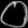
Digit: ၀